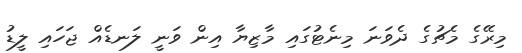
މިރޭގެ މެޗުގެ ދެވަނަ މިނެޓުގައި މާޒިޔާ އިން ވަނީ ލަނޑެއް ޖަހައި ލީޑު